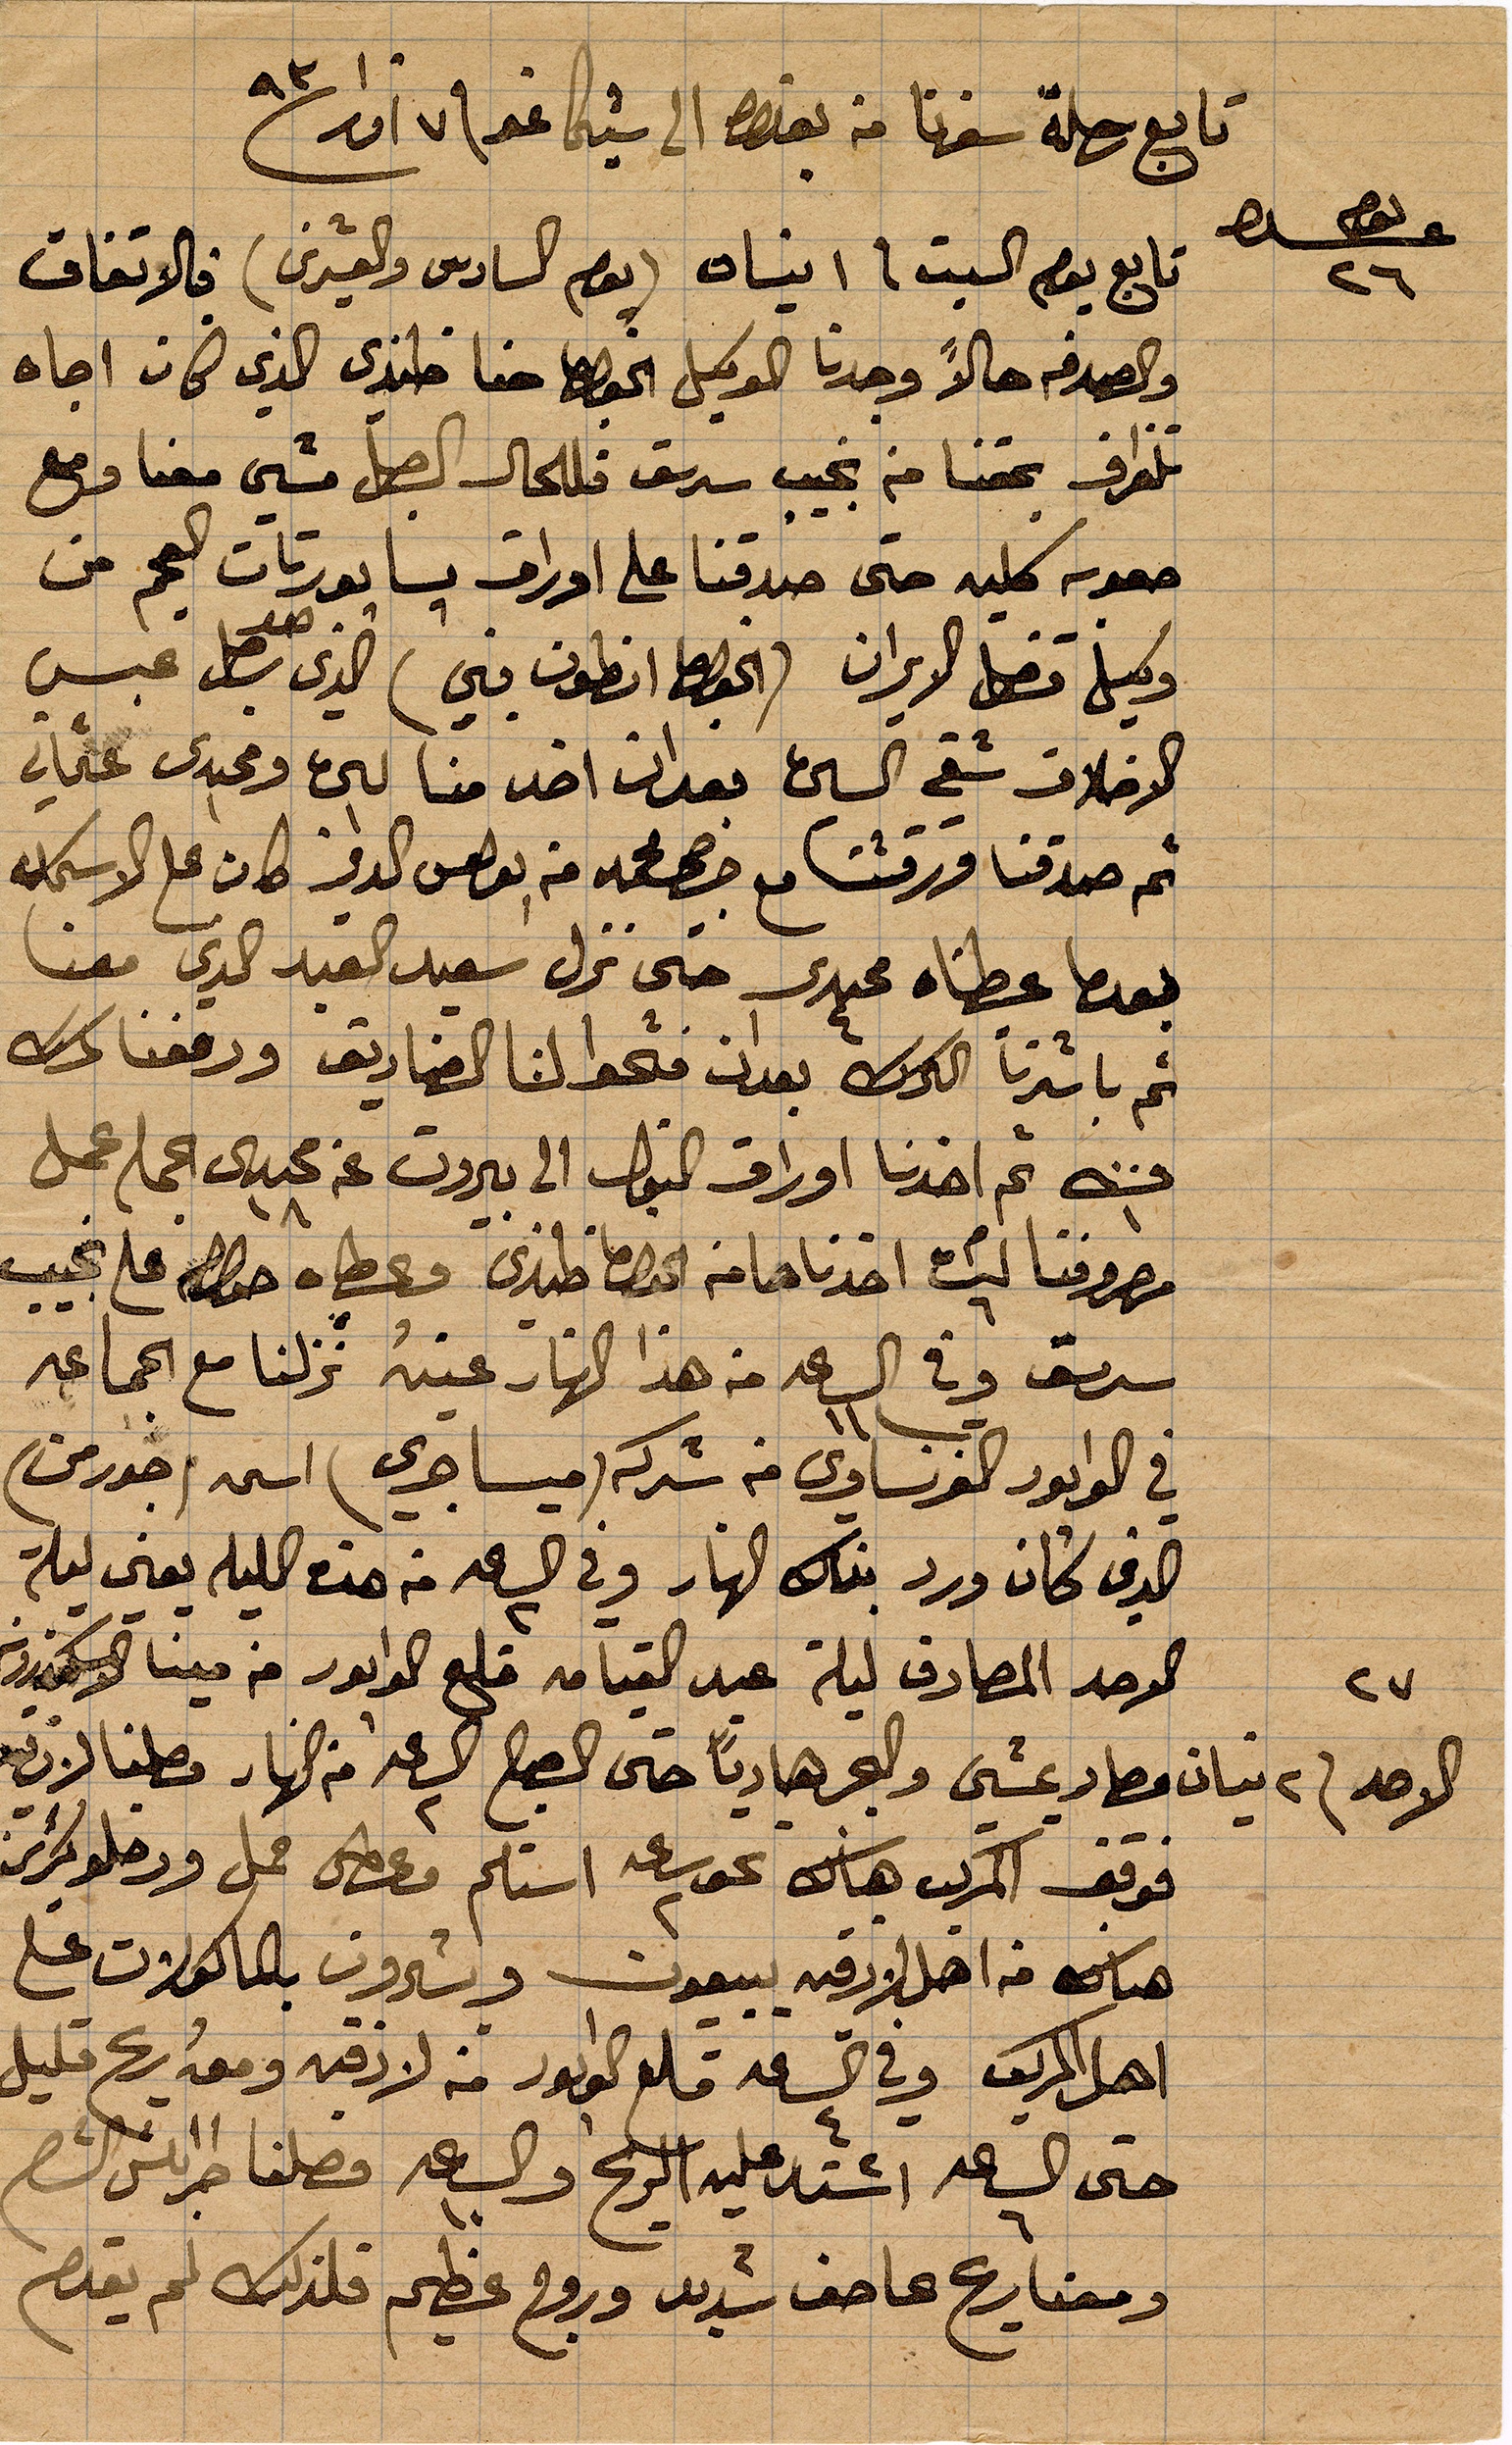
تابع رحلة سفرنا من بغداد الى شيكاغو في ٧ اذار ١٨٩٣
تابع يوم السبت في ١ نيسان (يوم السادس والعشرين) فالاتفاق
والصدفة حالا وجدنا الوكيل الخوري حنا افندي الذا كان اجاه
تلغراف بحقنا من نجيب سرسق فللحال الجل مشى معنا ومع
صعود كليه حتى صدقنا على أوراق بسابورتات العجم من
وكيل قنصل الميركان (القنصل أنطون يني) الذي ...
الاخلاق شقي ال... بعد ان اخذ منا لحق ومجيدي عثماني
ثم صدقنا ورقتنا مع .. من بعض ..كان على الاسكلة
بعدما عطناه مجيدي حتى نزل سعيد القيد الذي معنا
ثم باشرنا الترك بعد ان فتحوا لنا الصناديق ودفعنا ..
ت ١ ثم اخذنا أوراق القبول الى بيروت عند .. عمل
مصروفنا ليس اخذنا من الخوري .. وعطاه نجيب
سرسق وفي الساعة ١١ من هذا النهار عينه نزلنا مع الجماعة
في الوادور الفرنسواي في شركة (ميساوي) اسمه (جورمن)
الذي كان ورد بذاك النهار وفي الساعة ٢ من هذه الليلة يعني ليلة
الاحد المصادف ليلة عيد القيامة قلع الوابور من مينا الإسكندرونة
فصار يمشي والبحر هاديًا حتى الصباح الساعة ٢ من النهار وصلنا ...
فوقف المركب هناك نحو ساعة ٢ استلم ... حمل ...
هناك من اهل لاذقية يبيعون ويشترون بالماكولات على
اهل المركب وفي الساعة ٤ قلع الوابور من لاذقية معه ريح قليل
حتى الساعة ٦ اشتد عليه الريح والساعة ١٠ وصلنا طرابلس الشام
ومعنا ريح عاصف شديد وروح عظيم فلذلك لم يقدم